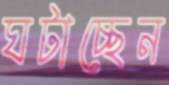
ঘটাচ্ছেন